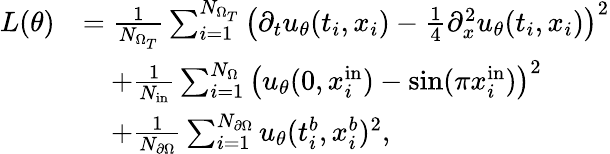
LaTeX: \begin{array}{rl}{L(\theta)}&{=\frac{1}{N_{\Omega_{T}}}\sum_{i=1}^{N_{\Omega_{T}}}\left(\partial_{t}u_{\theta}(t_{i},x_{i})-\frac 14\partial_{x}^{2}u_{\theta}(t_{i},x_{i})\right)^{2}}\\ &{\quad+\frac{1}{N_{\mathrm{in}}}\sum_{i=1}^{N_{\Omega}}\left(u_{\theta}(0,x_{i}^{\mathrm{in}})-\sin(\pi x_{i}^{\mathrm{in}})\right)^{2}}\\ &{\quad+\frac{1}{N_{\partial\Omega}}\sum_{i=1}^{N_{\partial\Omega}}u_{\theta}(t_{i}^{b},x_{i}^{b})^{2},}\end{array}